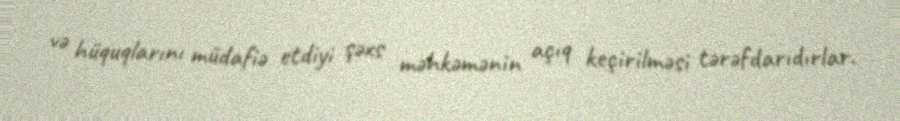
və hüquqlarını müdafiə etdiyi şəxs məhkəmənin açıq keçirilməsi tərəfdarıdırlar.